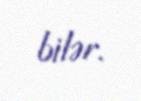
bilər.